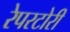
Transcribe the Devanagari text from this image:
रेपरटोरी